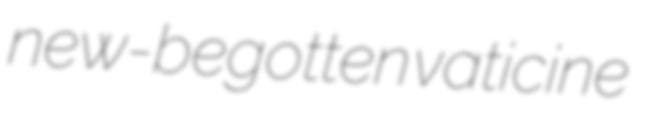
new-begotten vaticine